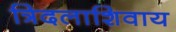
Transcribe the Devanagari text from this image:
त्रिदलाशिवाय